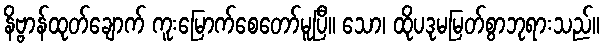
နိဗ္ဗာန်ထုတ်ချောက် ကူးမြောက်စေတော်မူပြီ။ သော၊ ထိုပဒုမမြတ်စွာဘုရားသည်။